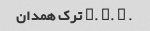
. l. d. n ترک همدان